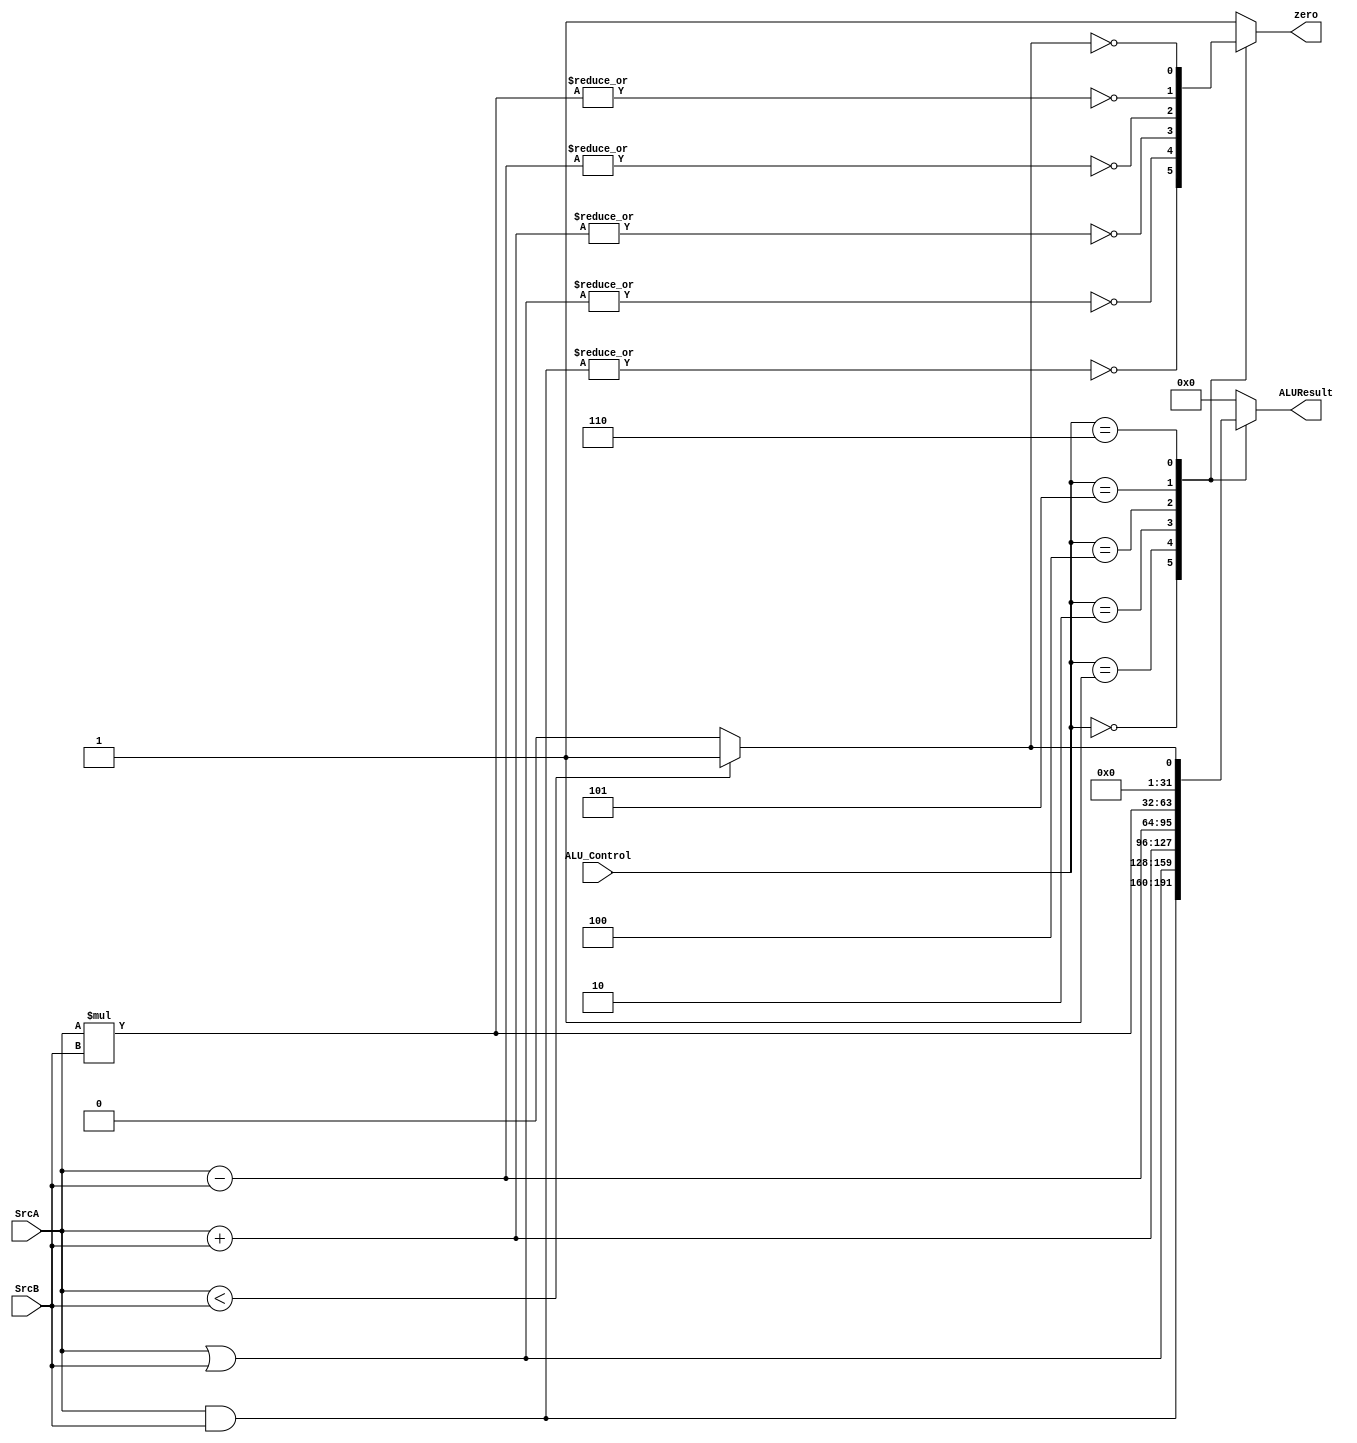
module ALU 
(
    
input wire [2:0]ALU_Control,
input wire [31:0] SrcA,
input wire [31:0] SrcB,
output wire [31:0] ALUResult,
output wire zero 

);
reg [31:0] Res ;
reg zero_temp ;
always @(*) begin
    

case(ALU_Control)

3'b000:
    begin
        Res = SrcA & SrcB ;
        zero_temp = ~|Res;
    end 
3'b001:
    begin 
        Res = SrcA | SrcB ;
        zero_temp = ~|Res;
    end 
3'b010:
    begin 
        Res = SrcA + SrcB ; 
        zero_temp = ~|Res;
    end 
3'b100:
    begin 
        Res = SrcA - SrcB ;
        zero_temp = ~|Res;
    end 
3'b101:
    begin 
        Res = SrcA * SrcB;
        zero_temp = ~|Res;
    end
3'b110:
    begin 
        Res = (SrcA < SrcB ? 1 : 0);  
        zero_temp = ~|Res;
    end 
default:
     begin 
        Res = 0;
        zero_temp = 1; 
    end 
endcase

end 

    assign ALUResult = Res;
    assign zero = zero_temp;




endmodule